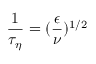
\frac { 1 } { \tau _ { \eta } } = ( \frac { \epsilon } { \nu } ) ^ { 1 / 2 }